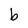
Character: b